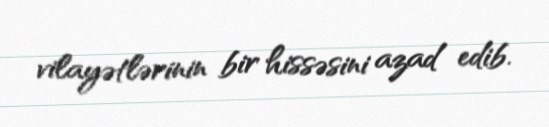
vilayətlərinin bir hissəsini azad edib.